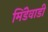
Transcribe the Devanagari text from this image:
मिंडेवाडी